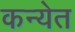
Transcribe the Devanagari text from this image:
कन्येत